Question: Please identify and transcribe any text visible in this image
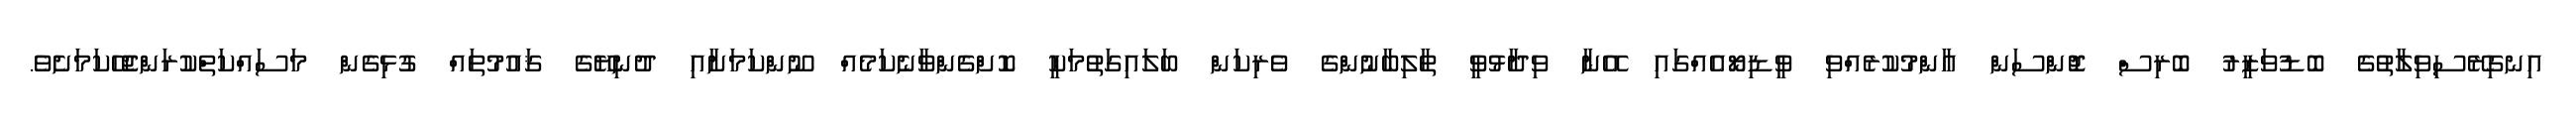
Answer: އިނގިރޭސިވިލާތުގެ ބޮޑުވަޒީރު ބޮރިސް ޖޮންސަން ޢާންމުކުރެއްވި ވީޑިޔޯއެއްގައި އޭނާ ވިދާޅުވީ ޠާލިބާނުންގެ ވެރިކަން ބަލައިގަތުމަކީ ކޮށްގެންވާނެކަމެއް ނޫންކަމަށާއި ދުނިޔޭގެ ޤައުމުތައް ގުޅިގެން މަސައްކަތްކުރަންޖެހޭކަމަށެވެ.